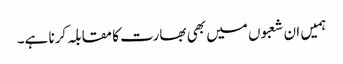
ہمیں ان شعبوں میں بھی بھارت کا مقابلہ کرنا ہے۔